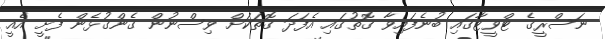
ނަސްރީގެ ޓްވީޓާގައި ބުނެފައިވާ ގޮތުގައި އެފަދަ ގޮތަކަށް ވިސްނުން ގެންގުޅެން ފެށީ އެއީ